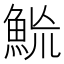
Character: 𩶡